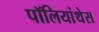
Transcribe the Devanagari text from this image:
पॉलियांथेस